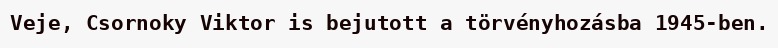
Veje, Csornoky Viktor is bejutott a törvényhozásba 1945-ben.